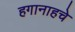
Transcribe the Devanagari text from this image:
हगानाहचे